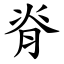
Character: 脊